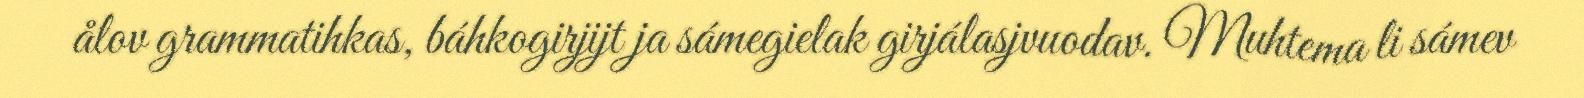
ålov grammatihkas, báhkogirjijt ja sámegielak girjálasjvuodav. Muhtema li sámev